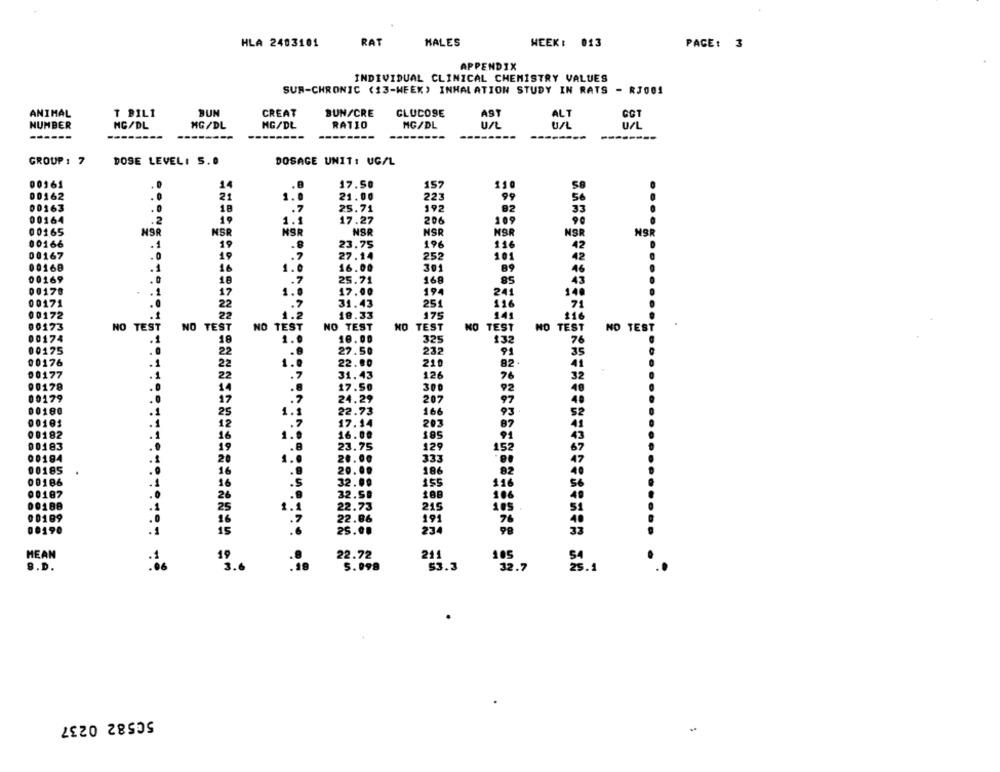
HLA 2403101
RAT
HALES
WEEK: 013
PAGE: 3
APPENDIX
INDIVIDUAL CLINICAL CHEMISTRY VALUES
SUR-CHRONIC (13-WEEK) INHALATION STUDY IN RATS - RJ001
ANIMAL
T BIL1
BUN
CREAT
BUN/CRE
GLUCOSE
AST
GOT
MG/DL
Un
ALT
NUMBER
MG/DL
MG/DL
MG/DL
RATIO
U/L
U/L
---
---
GROUP : 7
DOSE LEVEL: S.O
DOSAGE UNIT: UG/L
00161
14
17.50
110
00162
21
1.0
21.00
223
99
56
00163
18
.7
25.71
192
82
33
00164
.2
19
1.1
17.27
206
109
90
00165
NOR
NSR
NSR
NSR
NSR
NSR
NSR
NS
00166
19
.8
23.75
196
116
42
00167
.0
19
27.14
101
42
.?
.7
252
00168
16
1.0
1.0
16.00
301
89
46
00169
.0
25.71
18
.7
.7
168
85
43
00170
.1
17
1.
17.00
19
241
140
00171
.
22
31.43
251
116
00172
22
1.2
18.33
175
141
00173
NO TEST
NO TEST
NO TEST
NO TEST
NO TEST
NO
TEST
NO TEST
NO TEST
00174
18
1.0
10.00
325
13
7
22
27.50
232
91
35
2
1.0
1.0
22.00
210
82.
41
22
.7
.7
31.43
126
76
32
.0
.8
17.50
48
14
.8
300
92
17
.7
.7
24.29
207
97
40
.1
1.8
00180
25
1.1
22.73
166
93
52
00101
12
17.14
203
87
1.0
41
00182
16
16.00
185
91
00183
19
23.75
129
152
67
00184
20.00
333
47
00185
20.00
186
82
00186
.S
32.00
155
116
56
00187
.9
32.5.
188
106
00188
1.1
1.1
22.73
215
00189
.7
22.86
191
40
00190
15
234
33
HEAN
22.72
211
105
19
9.D.
5. 098
$5.3
32.7
50582 0237